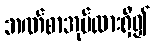
ဘဏ်စာအုပ်ထားရှိ၍